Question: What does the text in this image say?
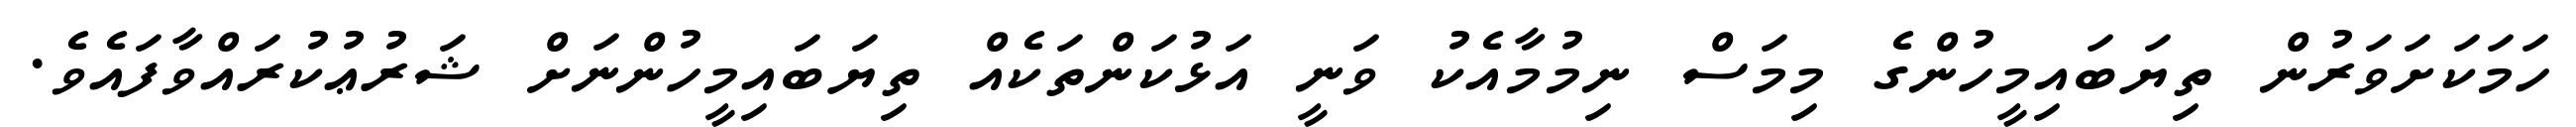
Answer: ހަމަކަށަވަރުން ތިޔަބައިމީހުންގެ މިމަސް ނިމުމާއެކު ވަނީ އަޅުކަންތަކެއް ތިޔަބައިމީހުންނަށް ޝަރުޢުކުރައްވާފައެވެ.